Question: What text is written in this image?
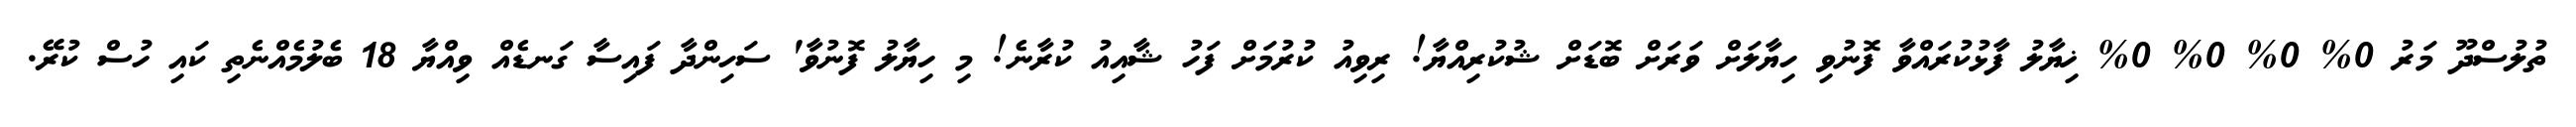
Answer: ތުލުސްދޫ މަރު 0% 0% 0% 0% ޚިޔާލު ފާޅުކުރައްވާ ފޮނުވި ހިޔާލަށް ވަރަށް ބޮޑަށް ޝުކުރިއްޔާ! ރިވިއު ކުރުމަށް ފަހު ޝާއިއު ކުރާނެ! މި ހިޔާލު ފޮނުވާ' ސަހިންދާ ފައިސާ ގަނޑެއް ވިއްޔާ 18 ބެލުމެއްނެތި ކައި ހުސް ކުރޭ.